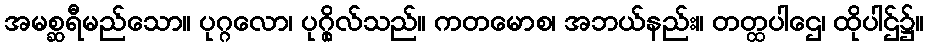
အမစ္ဆရီမည်သော။ ပုဂ္ဂလော၊ ပုဂ္ဂိုလ်သည်။ ကတမောစ၊ အဘယ်နည်း။ တတ္ထပါဌေ၊ ထိုပါဌ်၌။